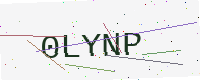
Text: 0LYNP